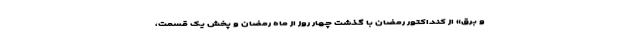
و برق» از کنداکتور رمضان با گذشت چهار روز از ماه رمضان و پخش یک قسمت،